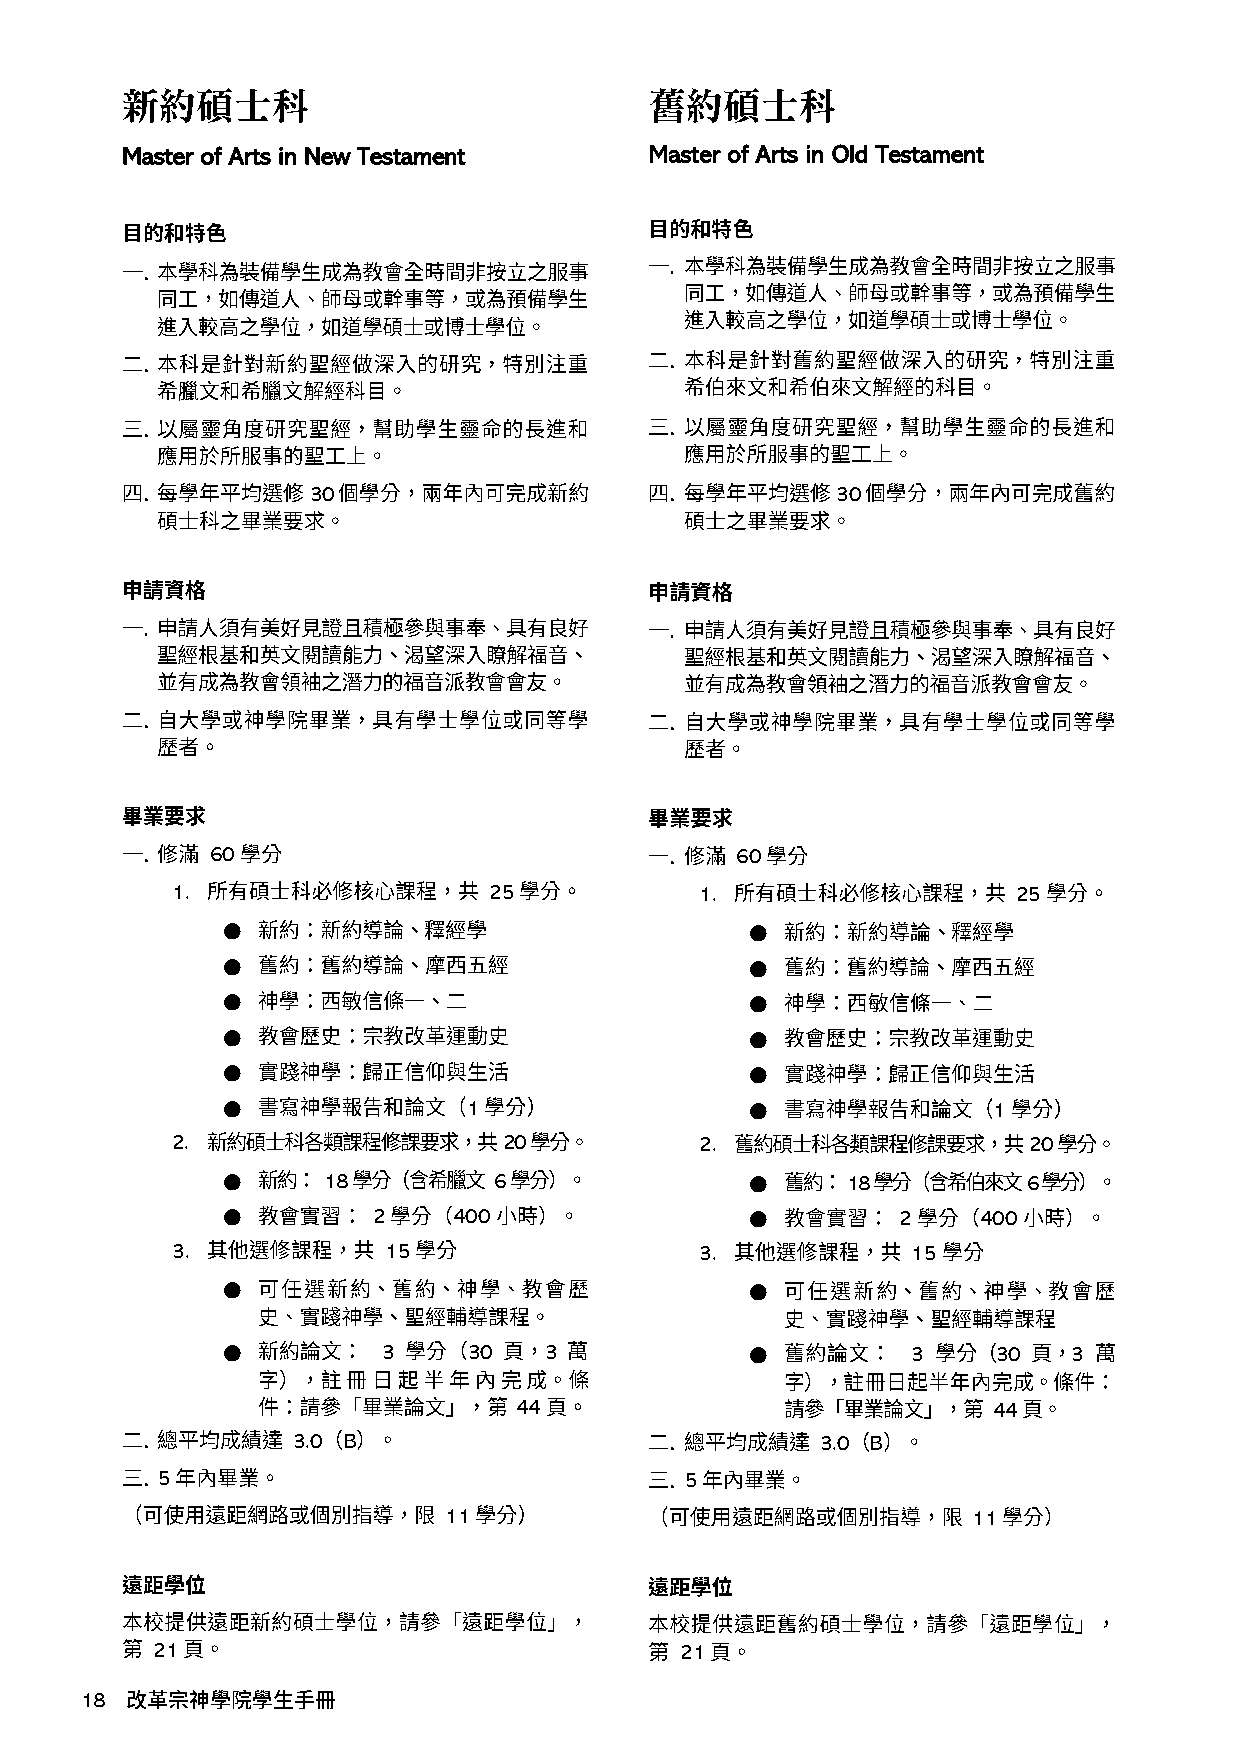
新約碩士科                              舊約碩士科
 Master of Arts in New Testament    Master of Arts in Old Testament
 30                                 30
 60                                 60
 1.                   25            1.                   25
 ●                                  ●
 ●                                  ●
 ●                                  ●
 ●                                  ●
 ●                                  ●
 ●               1                  ●               1
 2.                    20           2.                    20
 ●     18          6                ●     18          6
 ●         2    400                 ●         2    400
 3.            15                   3.            15
 ●                                  ●
 ●         3     30   3             ●         3     30   3
 44                              44
 3.0 B                              3.0 B
 5                                  5
 11                                 11
 21                                 21
 1 8